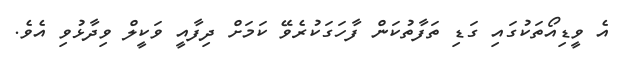
އެ ވީޑިއޯތަކުގައި ގަޑި ތަފާތުކަން ފާހަގަކުރެވޭ ކަމަށް ދިފާއީ ވަކީލް ވިދާޅުވި އެވެ.